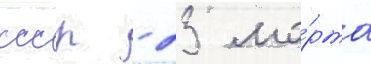
ссср - 23 ма́рта